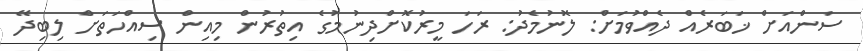
ސަންއަށް ޚަބަރެއް ދެއްވުމަށް: ލޮނުމެދު: ރަހަ މީރުކޮށްދިނުމުގެ އިތުރުން މިއިން ސިއްހަތަށް ލިބިދޭ